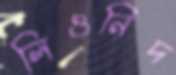
লিওনিদ